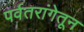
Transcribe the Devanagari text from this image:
पर्वतरांगेतून